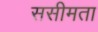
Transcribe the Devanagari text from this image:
ससीमता